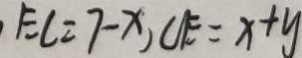
E C = 7 - x , C E = x + y